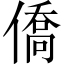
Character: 僑